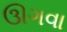
ઊગવા